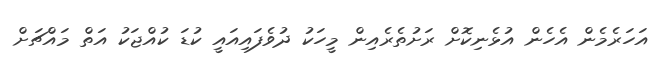
އަހަރެމެން އެހެން އުޅެނިކޮށް ރަށުތެރެއިން މީހަކު ދުވެފައިއައީ ކުޑަ ކުއްޖަކު އަތް މައްޗަށް